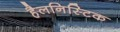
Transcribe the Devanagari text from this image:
हैलनिस्टिक